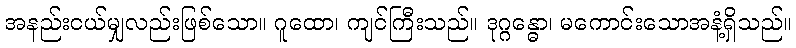
အနည်းငယ်မျှလည်းဖြစ်သော။ ဂူထော၊ ကျင်ကြီးသည်။ ဒုဂ္ဂန္ဓော၊ မကောင်းသောအနံ့ရှိသည်။